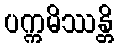
ပက္ကမိဿန္တိ